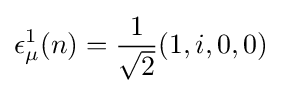
\epsilon _{\mu }^{1}(n)={1 \over {\sqrt {2}}}(1,i,0,0)